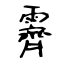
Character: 霽